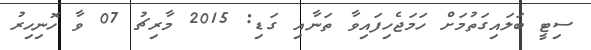
ސިޓީ ބަލައިގަތުމަށް ހަމަޖެހިފައިވާ ތަނާއި ގަޑި: 2015 މާރިޗު 07 ވާ ހޮނިހިރު